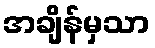
အချိန်မှသာ